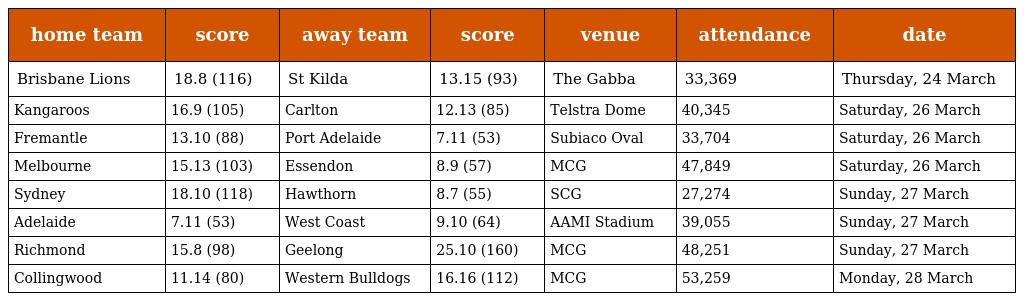
| home team | score | away team | score | venue | attendance | date |
 | --- | --- | --- | --- | --- | --- | --- |
 | Brisbane Lions | 18.8 (116) | St Kilda | 13.15 (93) | The Gabba | 33,369 | Thursday, 24 March |
 | Kangaroos | 16.9 (105) | Carlton | 12.13 (85) | Telstra Dome | 40,345 | Saturday, 26 March |
 | Fremantle | 13.10 (88) | Port Adelaide | 7.11 (53) | Subiaco Oval | 33,704 | Saturday, 26 March |
 | Melbourne | 15.13 (103) | Essendon | 8.9 (57) | MCG | 47,849 | Saturday, 26 March |
 | Sydney | 18.10 (118) | Hawthorn | 8.7 (55) | SCG | 27,274 | Sunday, 27 March |
 | Adelaide | 7.11 (53) | West Coast | 9.10 (64) | AAMI Stadium | 39,055 | Sunday, 27 March |
 | Richmond | 15.8 (98) | Geelong | 25.10 (160) | MCG | 48,251 | Sunday, 27 March |
 | Collingwood | 11.14 (80) | Western Bulldogs | 16.16 (112) | MCG | 53,259 | Monday, 28 March |